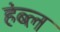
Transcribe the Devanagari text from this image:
हंब्ल